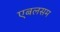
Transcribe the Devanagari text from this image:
एबलसम